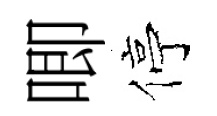
唧停